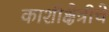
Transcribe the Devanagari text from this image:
काशीक्षेत्रीचे